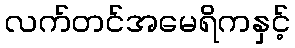
လက်တင်အမေရိကနှင့်